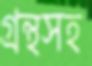
গ্রন্থসহ